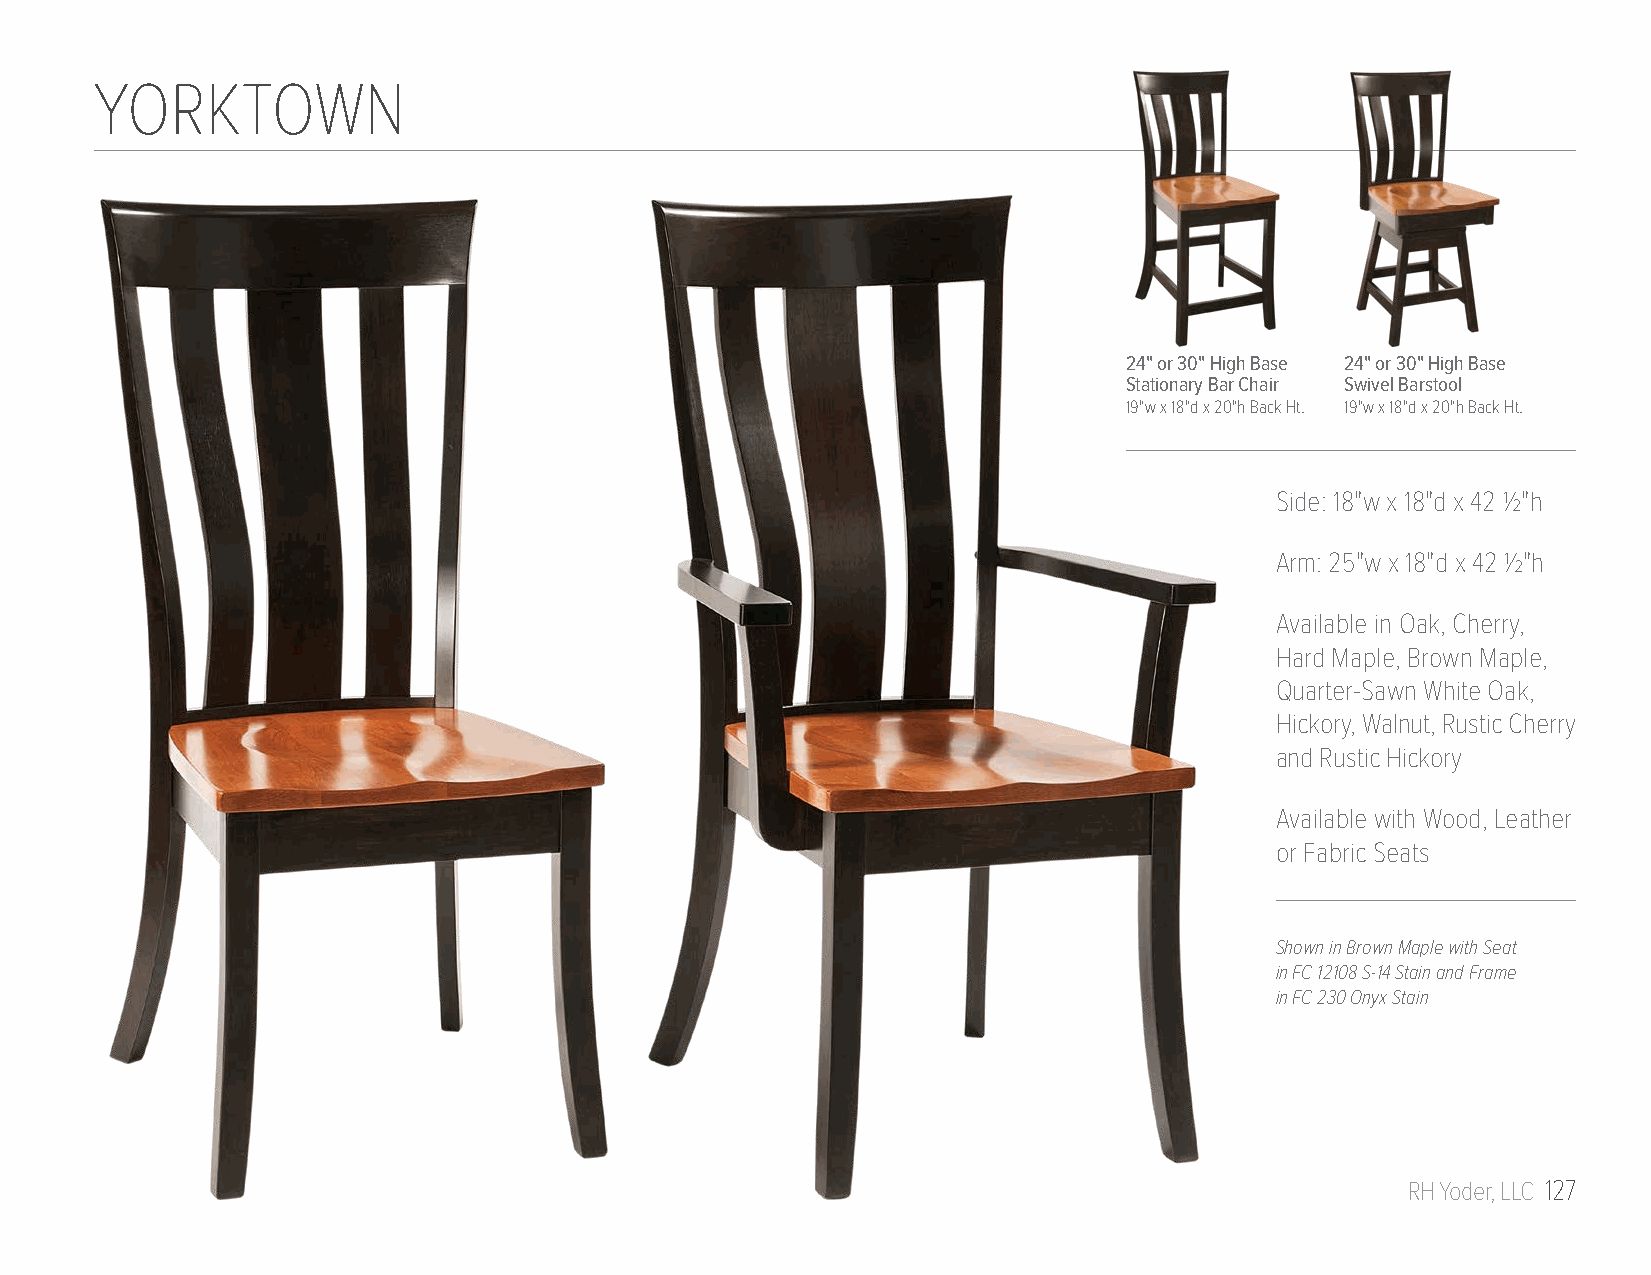
YORKTOWN
 24" or 30" High Base 24" or 30" High Base
 Stationary Bar Chair Swivel Barstool
 19"w x 18"d x 20"h Back Ht. 19"w x 18"d x 20"h Back Ht.
 Side: 18"w x 18"d x 42 1/2"h
 Arm: 25"w x 18"d x 42 1/2"h
 Available in Oak, Cherry,
 Hard Maple, Brown Maple,
 Quarter-Sawn White Oak,
 Hickory, Walnut, Rustic Cherry
 and Rustic Hickory
 Available with Wood, Leather
 or Fabric Seats
 Shown in Brown Maple with Seat
 in FC 12108 S-14 Stain and Frame
 in FC 230 Onyx Stain
 RH Yoder, LLC 127